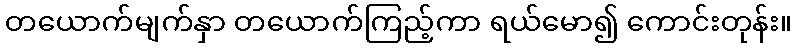
တယောက်မျက်နှာ တယောက်ကြည့်ကာ ရယ်မော၍ ကောင်းတုန်း။